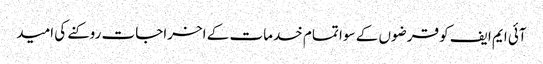
آئی ایم ایف کو قرضوں کے سوا تمام خدمات کے اخراجات روکنے کی امید